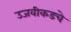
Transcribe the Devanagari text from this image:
उजवीकडचे